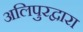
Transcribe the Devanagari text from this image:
अलिपुरद्वारा